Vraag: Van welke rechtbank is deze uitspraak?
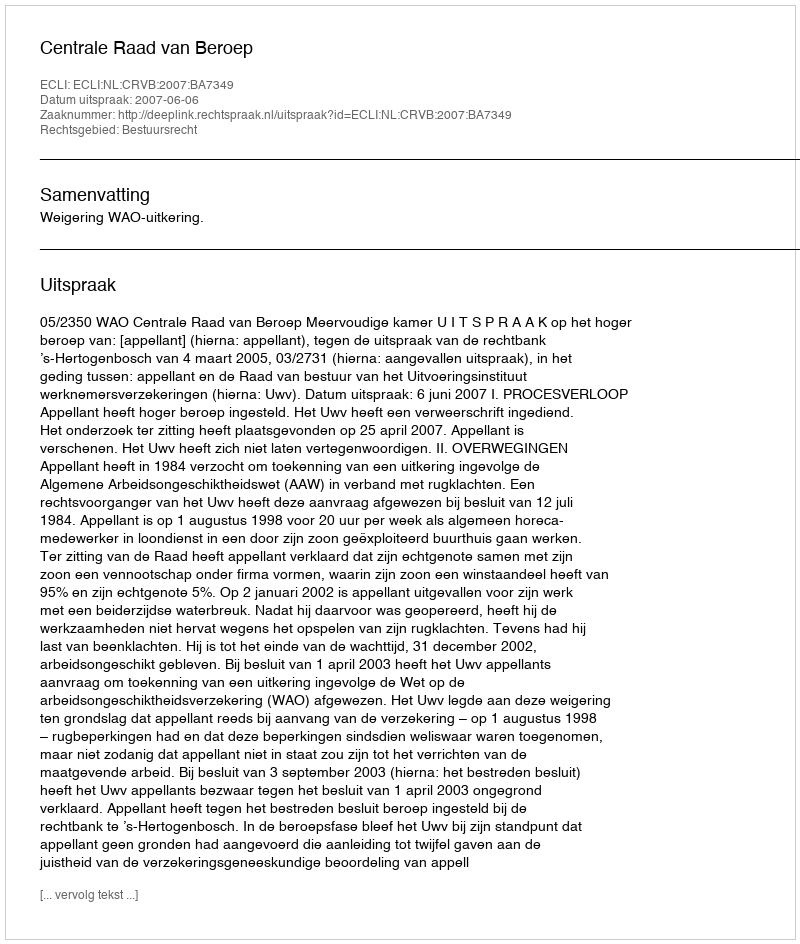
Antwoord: Centrale Raad van Beroep